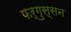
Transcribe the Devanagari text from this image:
फर्गुस्सन